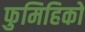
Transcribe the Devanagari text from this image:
फुमिहिको